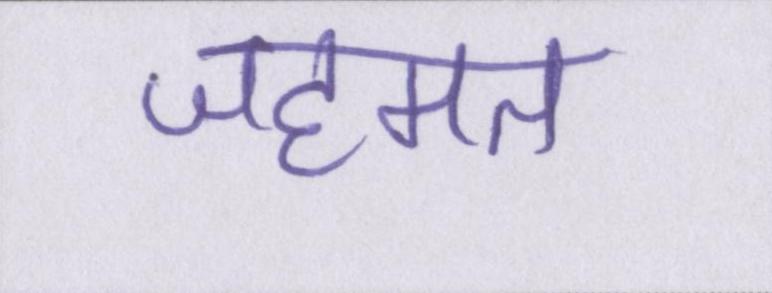
जहमत